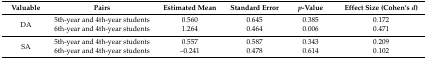
| Valuable | Pairs | Estimated Mean | Standard Error | p-Value | Effect Size (Cohen’s d) |
 | --- | --- | --- | --- | --- | --- |
 | <ROWSPAN=2> DA | 5th-year and 4th-year students | 0.560 | 0.645 | 0.385 | 0.172 |
 | 6th-year and 4th-year students | 1.264 | 0.464 | 0.006 | 0.471 |
 | <ROWSPAN=2> SA | 5th-year and 4th-year students | 0.557 | 0.587 | 0.343 | 0.209 |
 | 6th-year and 4th-year students | –0.241 | 0.478 | 0.614 | 0.102 |